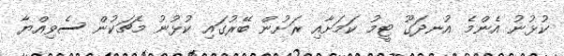
ކުޅުނު އެންމެ އުނދަގޫ ޓީމު ކަމަށާއި ރަށުން ބޭރުގައި ކުޅުނު މެޗަކުން ސެވިއްޔާ